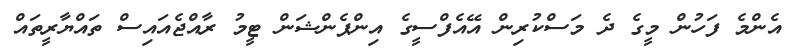
އެންމެ ފަހުން މީގެ ދެ މަސްކުރިން އޭއެފްސީގެ އިންޕެންޝަން ޓީމު ރާއްޖެއައިސް ތައްޔާރީތައް